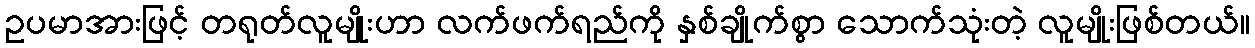
ဥပမာအားဖြင့် တရုတ်လူမျိုးဟာ လက်ဖက်ရည်ကို နှစ်ချိုက်စွာ သောက်သုံးတဲ့ လူမျိုးဖြစ်တယ်။